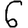
Digit: 6